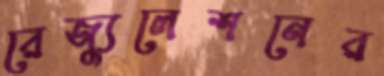
রেজ্যুলেশনের